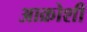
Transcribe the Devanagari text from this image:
आक्रोशी